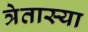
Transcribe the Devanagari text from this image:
त्रेतास्या